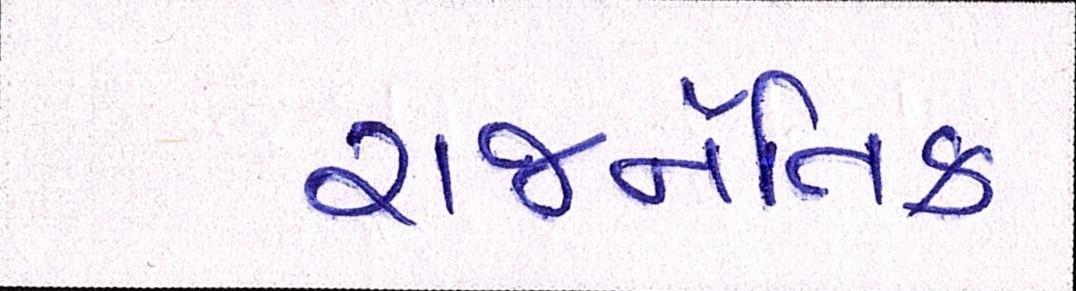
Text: રાજનૈતિક